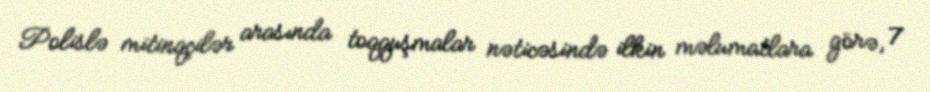
Polislə mitinqçilər arasında toqquşmalar nəticəsində ilkin məlumatlara görə, 7